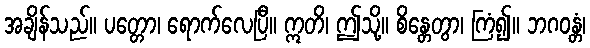
အချိန်သည်။ ပတ္တော၊ ရောက်လေပြီ။ ဣတိ၊ ဤသို့။ စိန္တေတွာ၊ ကြံ၍။ ဘဂဝန္တံ၊